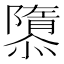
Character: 隳